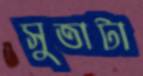
সুতাটা